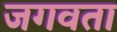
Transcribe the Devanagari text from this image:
जगवता